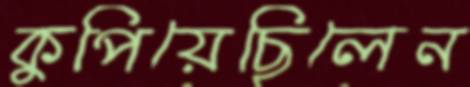
কুপিয়েছিলেন